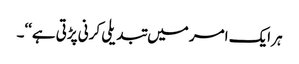
ہر ایک امر میں تبدیلی کرنی پڑتی ہے‘‘۔